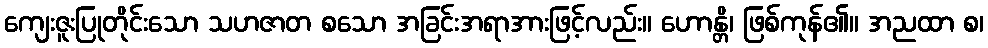
ကျေးဇူးပြုတိုင်းသော သဟဇာတ စသော အခြင်းအရာအားဖြင့်လည်း။ ဟောန္တိ၊ ဖြစ်ကုန်၏။ အညထာ စ၊